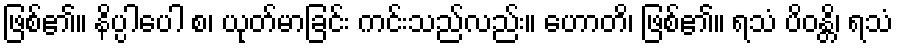
ဖြစ်၏။ နိပ္ပါပေါ စ၊ ယုတ်မာခြင်း ကင်းသည်လည်း။ ဟောတိ၊ ဖြစ်၏။ ရသံ ပိဝန္တိ၊ ရသံ